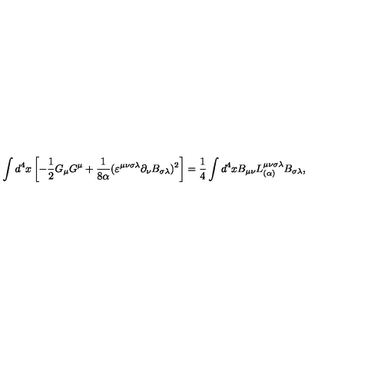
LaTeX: \int d ^ { 4 } x \left[ - \frac { 1 } { 2 } G _ { \mu } G ^ { \mu } + \frac { 1 } { 8 \alpha } ( \varepsilon ^ { \mu \nu \sigma \lambda } \partial _ { \nu } B _ { \sigma \lambda } ) ^ { 2 } \right] = \nonumber \frac { 1 } { 4 } \int d ^ { 4 } x B _ { \mu \nu } L _ { ( \alpha ) } ^ { \mu \nu \sigma \lambda } B _ { \sigma \lambda } ,